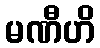
မဏီဟိ